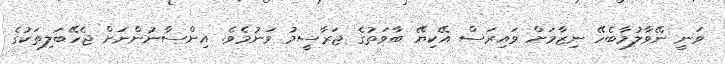
ވަނީ ނޭވާލުމާބެހޭ ނިޒާމަށް ވައިރަސް އޭކިޔޭ ބާވަތުގެ ޖަރާސީމު ވަނުމެވެ. އިންސާނުންނަށް ޖެހޭބަލިތަކުގެ